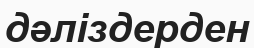
дәліздерден